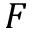
F